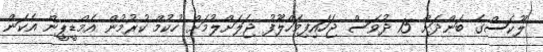
ލޫކަސްގެ ބަންދަށް 15 ދުވަސް ޖަހައިފިމަހްލޫފު ޖަލަށްލުމަށް ހުކުމް ކުރުމުން އެމްޑީޕީން އެކަން